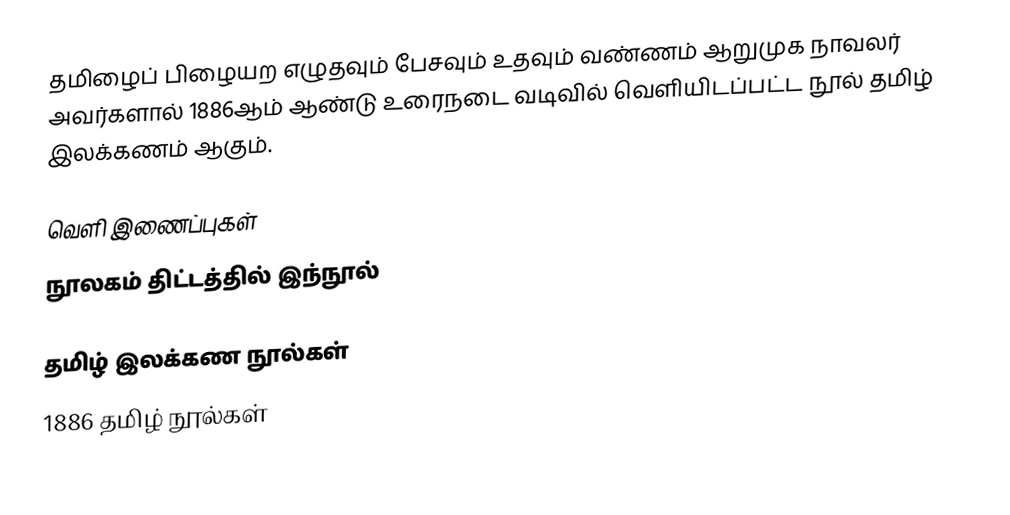
தமிழைப் பிழையற எழுதவும் பேசவும் உதவும் வண்ணம் ஆறுமுக நாவலர் அவர்களால் 1886ஆம் ஆண்டு உரைநடை வடிவில் வெளியிடப்பட்ட நூல் தமிழ் இலக்கணம் ஆகும்.

வெளி இணைப்புகள்
 நூலகம் திட்டத்தில் இந்நூல்

தமிழ் இலக்கண நூல்கள்
1886 தமிழ் நூல்கள்